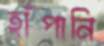
হাঁপানি